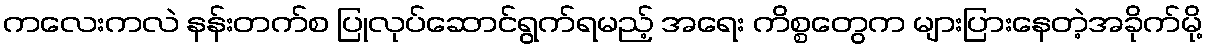
ကလေးကလဲ နန်းတက်စ ပြုလုပ်ဆောင်ရွက်ရမည့် အရေး ကိစ္စတွေက များပြားနေတဲ့အခိုက်မို့